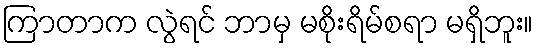
ကြာတာက လွဲရင် ဘာမှ မစိုးရိမ်စရာ မရှိဘူး။